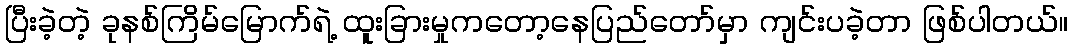
ပြီးခဲ့တဲ့ ခုနစ်ကြိမ်မြောက်ရဲ့ ထူးခြားမှုကတော့နေပြည်တော်မှာ ကျင်းပခဲ့တာ ဖြစ်ပါတယ်။